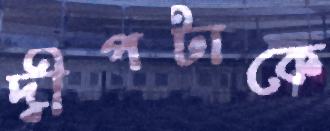
দ্বীপটাকে